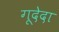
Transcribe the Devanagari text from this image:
गूदेदा